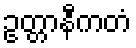
ဥတ္တာနီကတံ